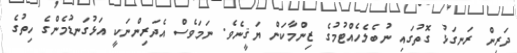
ދަރިން ރަނގަޅު ގޮތުގައި ނުބެލެހެއްޓުމުގެ ޒިންމާކަން ޔަޤީނެވެ. ނަމަވެސް އެދަރިންނަކީ އަޅުގަނޑުމެންގެ ހިތުގެ